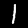
Digit: 1